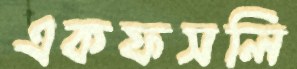
একফসলি